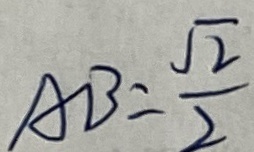
A B = \frac { \sqrt { 2 } } { 2 }